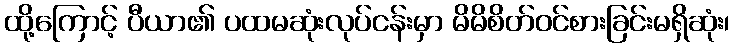
ထို့ကြောင့် ပီယာ၏ ပထမဆုံးလုပ်ငန်းမှာ မိမိစိတ်ဝင်စားခြင်းမရှိဆုံး၊